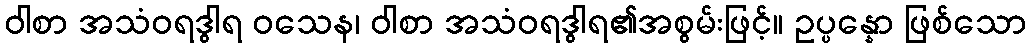
ဝါစာ အသံဝရဒွါရ ဝသေန၊ ဝါစာ အသံဝရဒွါရ၏အစွမ်းဖြင့်။ ဥပ္ပန္နော ဖြစ်သော